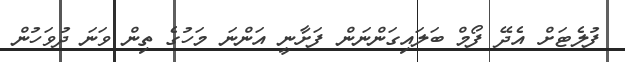
ފުލެޓަށް އެދޭ ފޯމް ބަލައިގަންނަން ފަށާނީ އަންނަ މަހުގެ ތިން ވަނަ ދުވަހުން